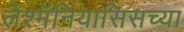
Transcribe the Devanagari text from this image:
लेश्मॅनियासिसच्या